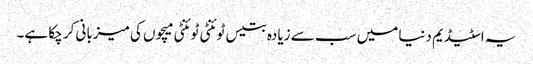
یہ اسٹیڈیم دنیا میں سب سے زیادہ بتیس ٹوئنٹی ٹوئنٹی میچوں کی میزبانی کر چکا ہے۔